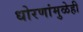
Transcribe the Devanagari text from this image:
धोरणांमुळेही